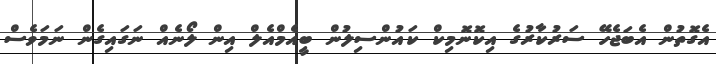
އެގޮތުން އެބަޖެހޭ ސަރުކާރުގެ އިކޮނޮމިކް ކައުންސިލުން ބީއެމްއެލް އިން ލޯނެއް ނަގައިގެން ނަމަވެސް